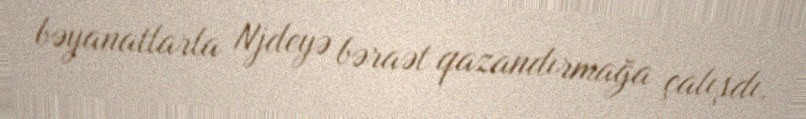
bəyanatlarla Njdeyə bəraət qazandırmağa çalışdı.